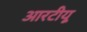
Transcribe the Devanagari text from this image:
आरटीयू